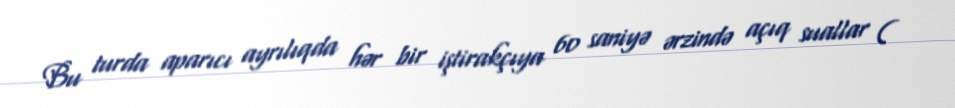
Bu turda aparıcı ayrılıqda hər bir iştirakçıya 60 saniyə ərzində açıq suallar (